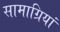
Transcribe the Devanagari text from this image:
सामाग्रियां